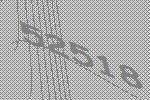
52518